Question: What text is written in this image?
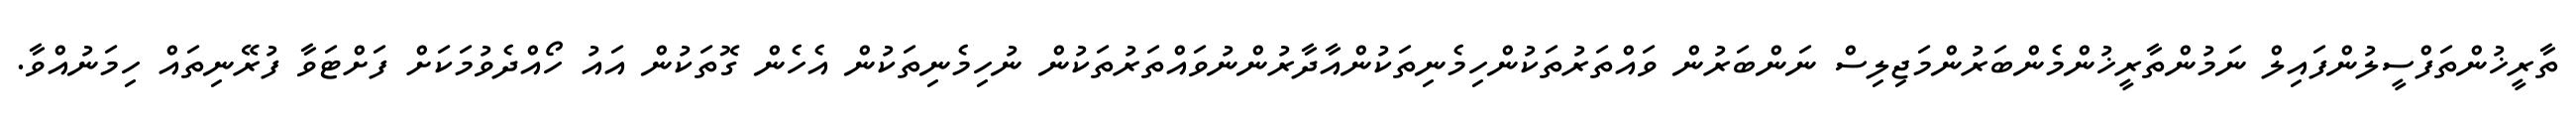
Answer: ތާރީޚުންތަފްސީލުންފައިލް ނަމުންތާރީޚުންމެންބަރުންމަޖިލިސް ނަންބަރުން ވައްތަރުތަކުންހިމެނިތަކުންއާދާރުންނުވައްތަރުތަކުން ނުހިމެނިތަކުން އެހެން ގޮތަކުން އައު ހޯއްދެވުމަކަށް ފަށްޓަވާ ފުރޭނިތައް ހިމަނުއްވާ.